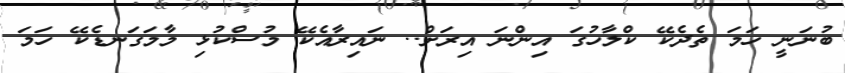
ބުނަނީ ހަމަ ތެދެކޭ ކްލާހުގަ އިންނަ އިރަށް.. ނައިރާއެކޭ މުސްކުޅި މާމަގަނޑެކޭ ހަމަ